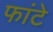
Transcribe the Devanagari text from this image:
फांटे